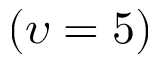
( \upsilon = 5 )